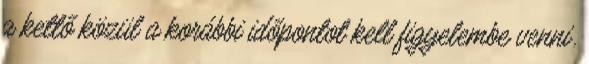
a kettő közül a korábbi időpontot kell figyelembe venni.